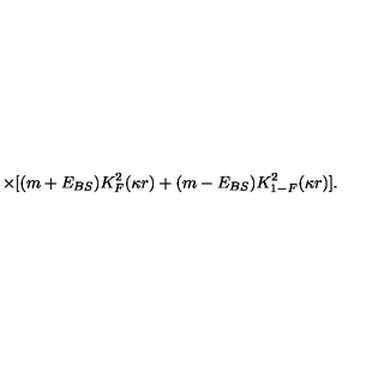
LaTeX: \times [ ( m + E _ { { B S } } ) K _ { F } ^ { 2 } ( \kappa r ) + ( m - E _ { { B S } } ) K _ { 1 - F } ^ { 2 } ( \kappa r ) ] .